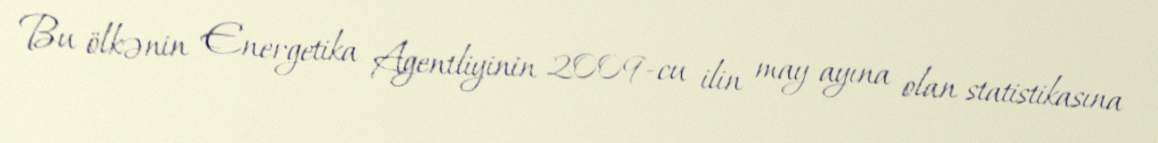
Bu ölkənin Energetika Agentliyinin 2009-cu ilin may ayına olan statistikasına